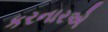
કરનારએ